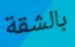
بالشقة